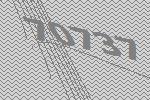
70737